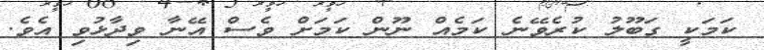
ކަމަކީ ގަބޫލު ކުރެވޭނެ ކަމެއް ނޫން ކަމަށް ވެސް އޭނާ ވިދާޅުވި އެވެ.